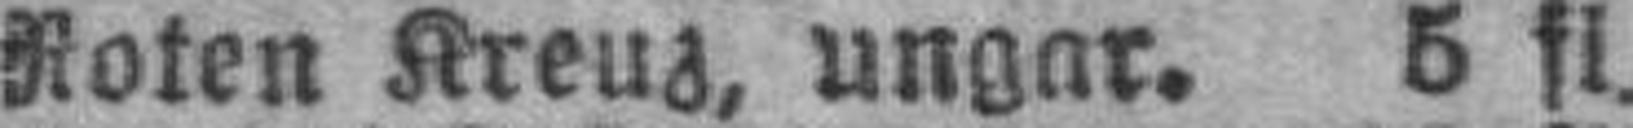
Roten Kreuz, ungar. 5 fl.